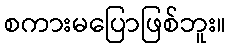
စကားမပြောဖြစ်ဘူး။